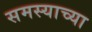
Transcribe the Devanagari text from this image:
समस्याच्या